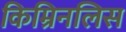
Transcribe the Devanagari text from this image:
किम्रिनलिस